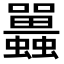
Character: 𧕛